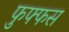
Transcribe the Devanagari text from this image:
फुफ्फस